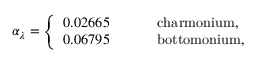
\alpha _ { \lambda } = \left\{ \begin{array} { l l } { { 0 . 0 2 6 6 5 ~ ~ ~ ~ ~ ~ ~ } } & { { \mathrm { c h a r m o n i u m , } } } \\ { { 0 . 0 6 7 9 5 ~ ~ ~ ~ } } & { { \mathrm { b o t t o m o n i u m , } } } \end{array} \right.